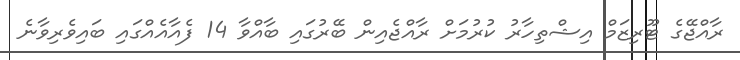
ރާއްޖޭގެ ޓޫރިޒަމް އިޝްތިހާރު ކުރުމަށް ރާއްޖެއިން ބޭރުގައި ބާއްވާ 14 ފެއާއެއްގައި ބައިވެރިވާނެ